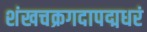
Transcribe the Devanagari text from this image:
शंखचक्रगदापद्मधरं